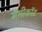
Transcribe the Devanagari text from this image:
मैसीकॉट